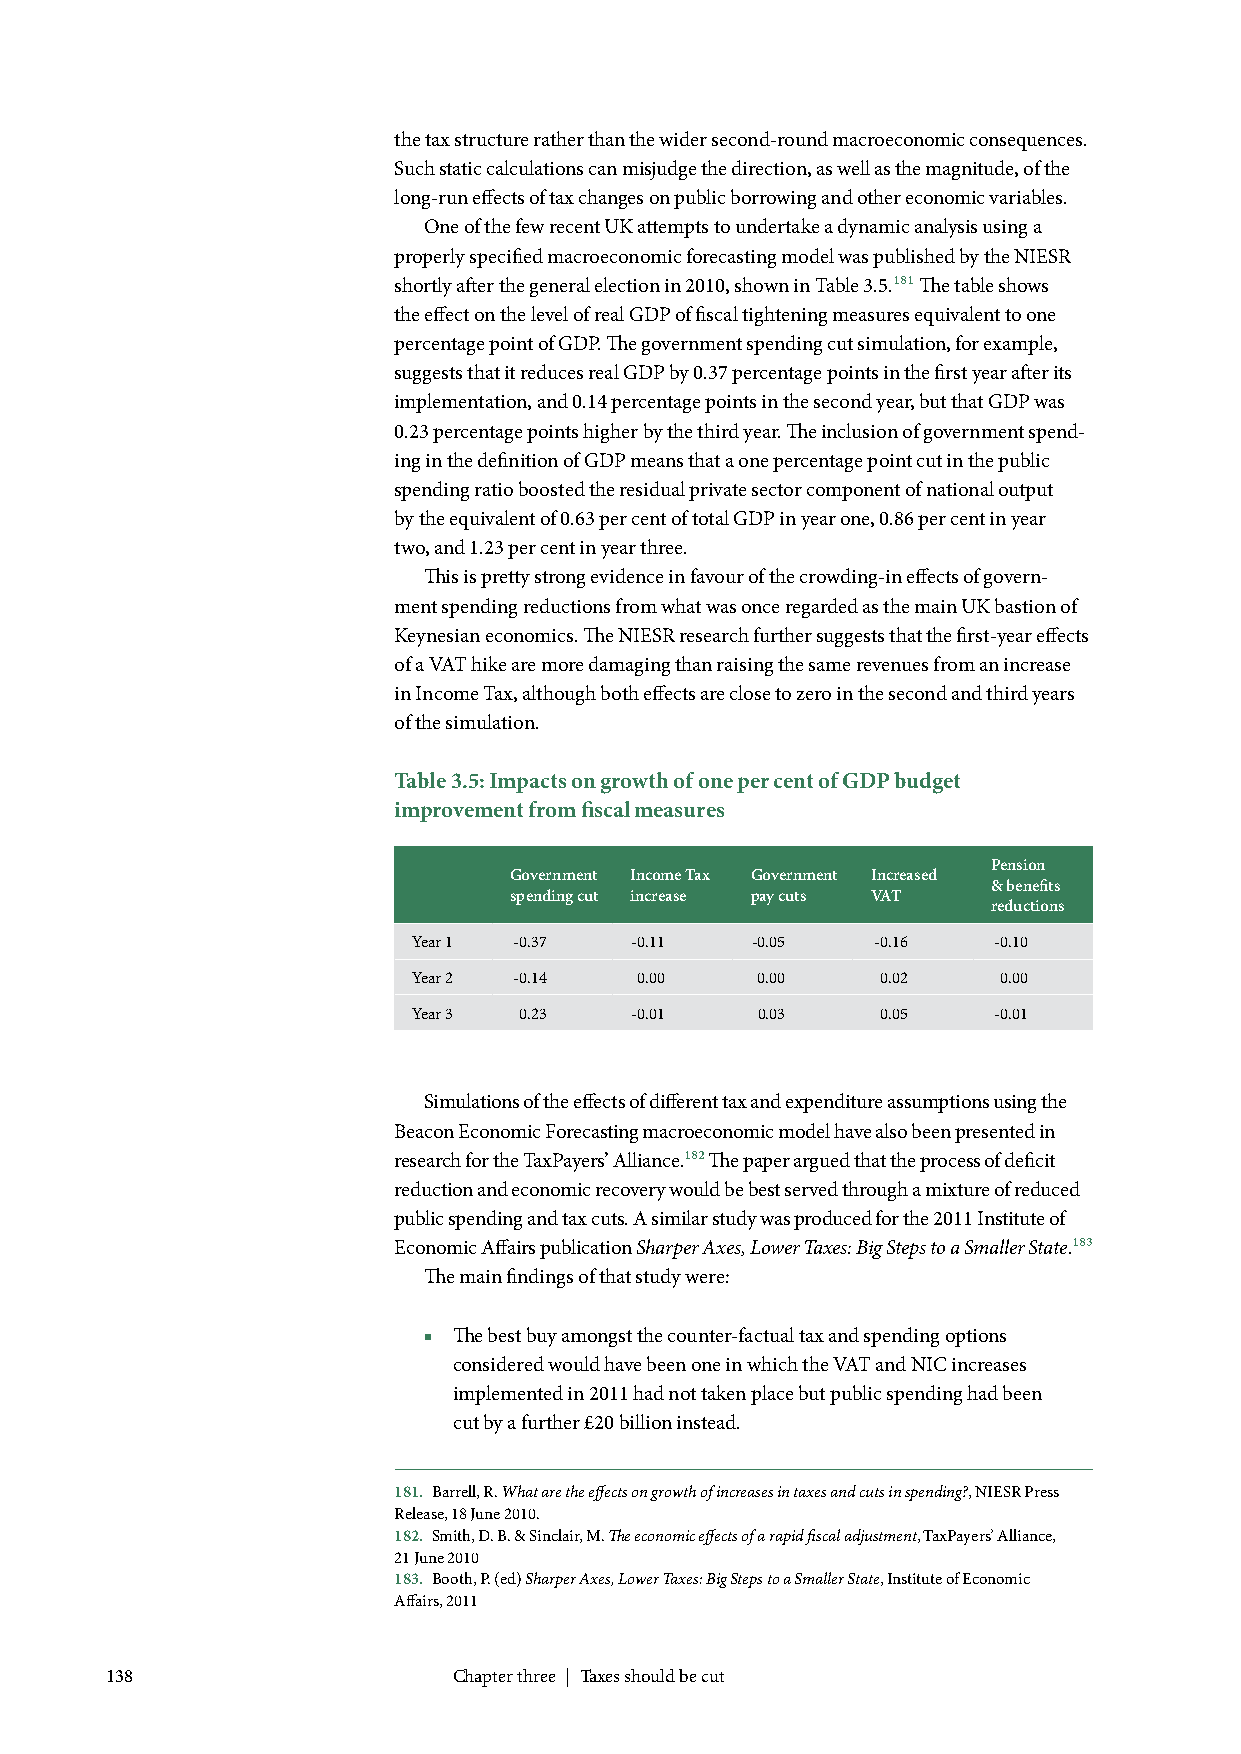
the tax structure rather than the wider second-round macroeconomic consequences.
 Such static calculations can misjudge the direction, as well as the magnitude, of the
 long-run effects of tax changes on public borrowing and other economic variables.
 One of the few recent UK attempts to undertake a dynamic analysis using a
 properly specified macroeconomic forecasting model was published by the NIESR
 shortly after the general election in 2010, shown in Table 3.5.181 The table shows
 the effect on the level of real GDP of fiscal tightening measures equivalent to one
 percentage point of GDP. The government spending cut simulation, for example,
 suggests that it reduces real GDP by 0.37 percentage points in the first year after its
 implementation, and 0.14 percentage points in the second year, but that GDP was
 0.23 percentage points higher by the third year. The inclusion of government spend-
 ing in the definition of GDP means that a one percentage point cut in the public
 spending ratio boosted the residual private sector component of national output
 by the equivalent of 0.63 per cent of total GDP in year one, 0.86 per cent in year
 two, and 1.23 per cent in year three.
 This is pretty strong evidence in favour of the crowding-in effects of govern-
 ment spending reductions from what was once regarded as the main UK bastion of
 Keynesian economics. The NIESR research further suggests that the first-year effects
 of a VAT hike are more damaging than raising the same revenues from an increase
 in Income Tax, although both effects are close to zero in the second and third years
 of the simulation.
 Table 3.5: Impacts on growth of one per cent of GDP budget
 improvement from fiscal measures
 Pension
 Government Income Tax Government Increased
 & benefits
 spending cut increase pay cuts VAT
 reductions
 Year 1 -0.37   -0.11   -0.05   -0.16   -0.10
 Year 2 -0.14   0.00    0.00    0.02    0.00
 Year 3 0.23    -0.01   0.03    0.05    -0.01
 Simulations of the effects of different tax and expenditure assumptions using the
 Beacon Economic Forecasting macroeconomic model have also been presented in
 research for the TaxPayers’ Alliance.182 The paper argued that the process of deficit
 reduction and economic recovery would be best served through a mixture of reduced
 public spending and tax cuts. A similar study was produced for the 2011 Institute of
 Economic Affairs publication Sharper Axes, Lower Taxes: Big Steps to a Smaller State.183
 The main findings of that study were:
 ■ The best buy amongst the counter-factual tax and spending options
 considered would have been one in which the VAT and NIC increases
 implemented in 2011 had not taken place but public spending had been
 cut by a further £20 billion instead.
 181. Barrell, R. What are the effects on growth of increases in taxes and cuts in spending?, NIESR Press
 Release, 18 June 2010.
 182. Smith, D. B. & Sinclair, M. The economic effects of a rapid fiscal adjustment, TaxPayers’ Alliance,
 21 June 2010
 183. Booth, P. (ed) Sharper Axes, Lower Taxes: Big Steps to a Smaller State, Institute of Economic
 Affairs, 2011
 138                    Chapter three | Taxes should be cut